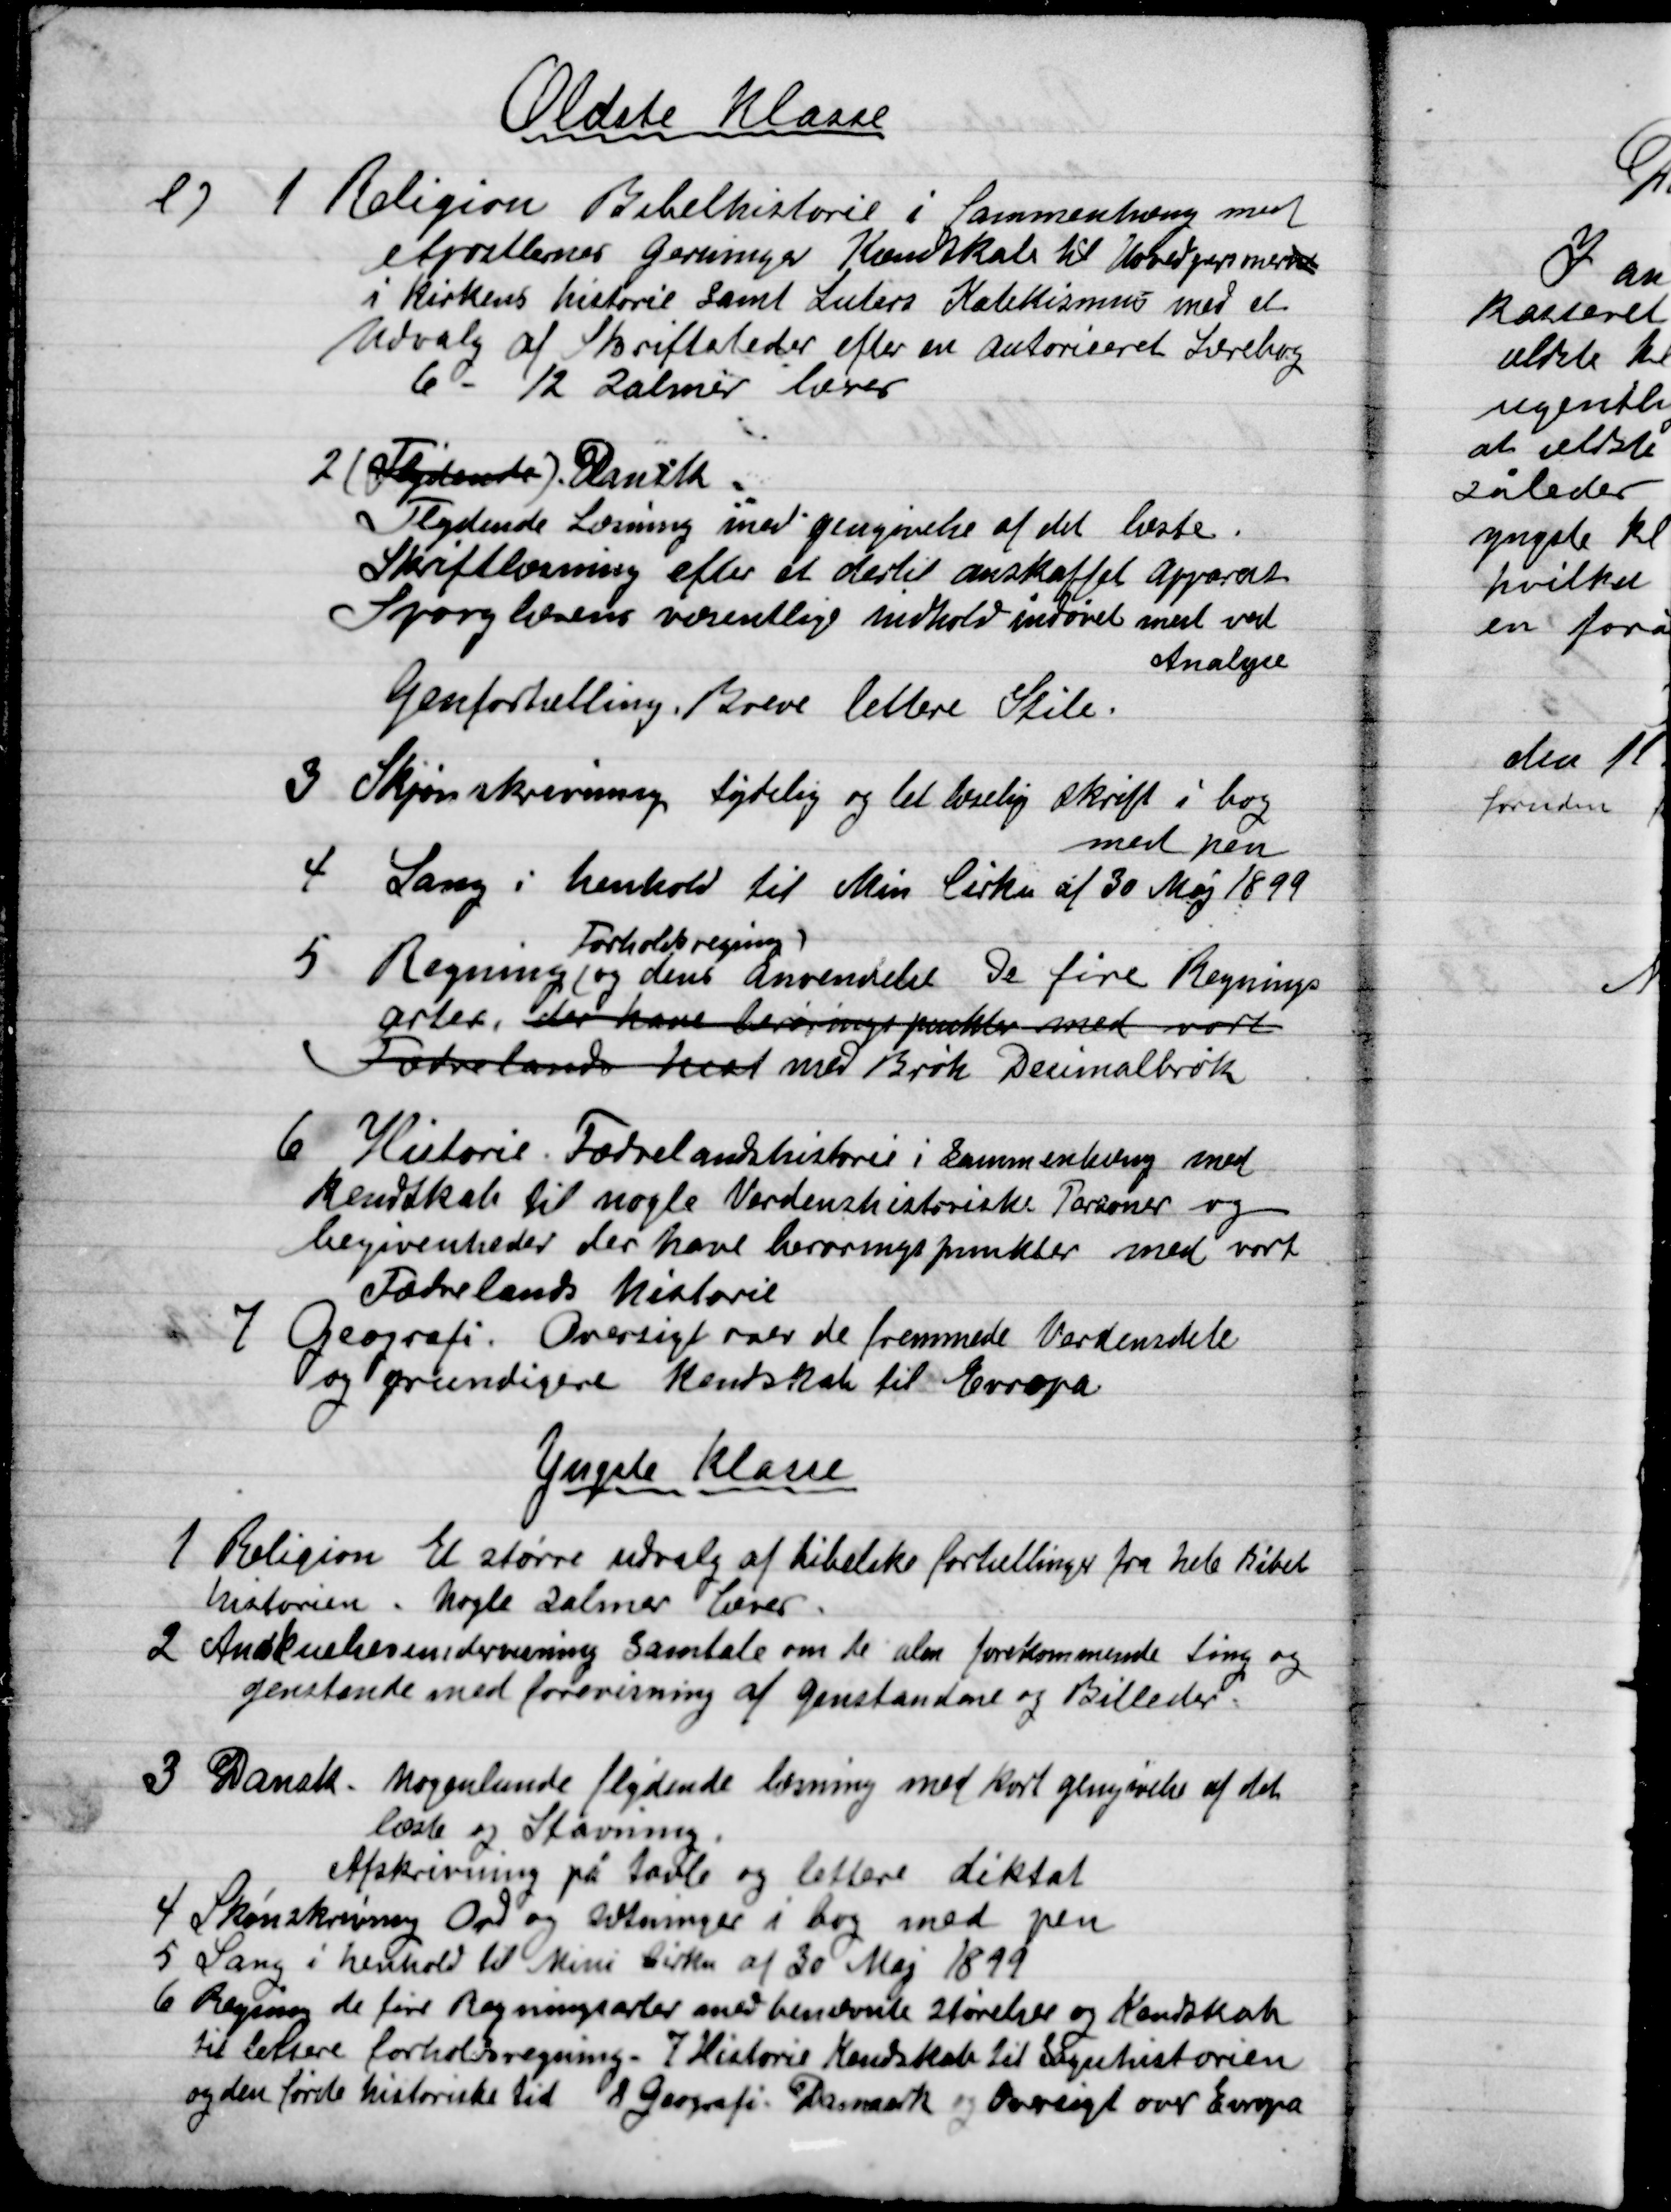
Transskription:
Ældste Klasse

e

1

Religion Bibelhistorie i Sammenhæng med
Etjretlevers gerninger Kendskab til hovedgrupment
I Kirkens historie samt Luters Katekismus med et
Udvalg af Skriftsteder efter en autoriseret Lærebog
6-12 Salmer læres

2

(Følgende). Dansk
Flydende Læsning med gengivelse af det læste.
Skriftlæring efter et dertil anskaffet Apparat
Sproglærens væsentlige midler indført mest ved
Analyse
Genfortælling, breve lettere Stile.

3

Skjønskrivning tydelig og let læselig skrift i bog
med pen

4

Sang i henhold til Min Cirku af 30 Maj 1899

Forholdsregning

5
Regning (og dens anvendelse De fire Regnings-
Arter, der have berøringspunkter med vort
Fædrelands keat med Brøk decimalbrøk

6.

Historie Fædrelandshistorie i sammendrag med
Kendskab til nogle Verdenshistoriske Personer og
Begivenheder der have berøringspunkter med vort
Fædrelands historie

7

Geografi. Oversigt over de fremmede Verdensdele
og grundigere kendskab til Europa

Yngste Klasse

1

Religion Et større udvalg af bibelske fortællinger fra hele Bibel-
historien. Nogle Salmer læres.

2

Anskuelsesundervisning Samtale om de alm. Forekommende ting og
genstande med forevisning af genstande og Billeder

3

dansk. Nogenlunde flydende læsning med kort gengivelse af det
læste og Stavning.
Afskrivning på tavle og lettere diktat

4

Skønskrivning Ord og Stavning i bog med pen

5

Sang i henhold til Mini Cirku af 30 Maj 1899

6

Regning de første Regningsarter med benævnte størrelser og Kendskab
til lettere forholdsregning. 7
7
Historisk Kendskab Sagnhistorien
og den første historiske tid.
8
Geografi: Danmark og Øvrigt over Europa